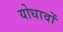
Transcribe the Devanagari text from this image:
योधावों